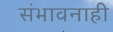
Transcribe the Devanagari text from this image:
संभावनाही